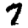
Digit: 7